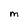
Character: M